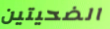
الضحيتين